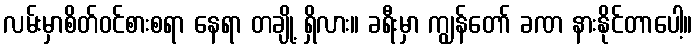
လမ်းမှာစိတ်ဝင်စားစရာ နေရာ တချို့ ရှိလား။ ခရီးမှာ ကျွန်တော် ခဏ နားနိုင်တာပေါ့။